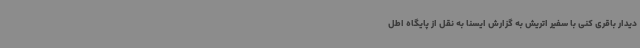
دیدار باقری کنی با سفیر اتریش به گزارش ایسنا به نقل از پایگاه اطل